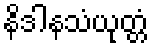
နိဒါနသံယုတ္တံ